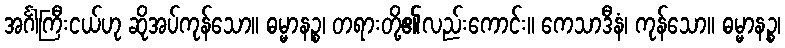
အင်္ဂါကြီးငယ်ဟု ဆိုအပ်ကုန်သော။ ဓမ္မာနဉ္စ၊ တရားတို့၏လည်းကောင်း။ ကေသာဒီနံ၊ ကုန်သော။ ဓမ္မာနဉ္စ၊